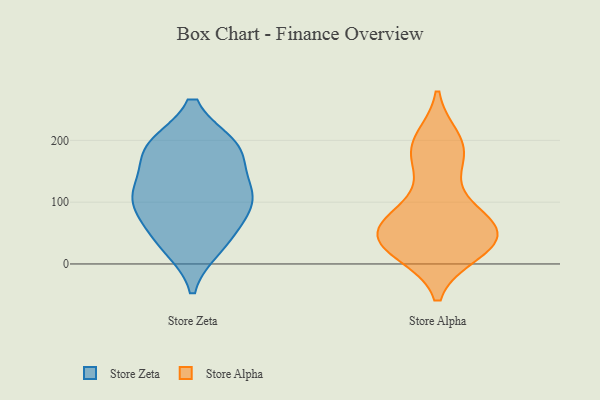
{"axis": {"x": "Headcount", "y": "Value"}, "legend": ["Store Alpha", "Store Zeta"], "data": [{"x": "", "y": 58, "type": "Store Zeta"}, {"x": "", "y": 35, "type": "Store Zeta"}, {"x": "", "y": 104, "type": "Store Zeta"}, {"x": "", "y": 109, "type": "Store Zeta"}, {"x": "", "y": 103, "type": "Store Zeta"}, {"x": "", "y": 189, "type": "Store Zeta"}, {"x": "", "y": 102, "type": "Store Zeta"}, {"x": "", "y": 29, "type": "Store Zeta"}, {"x": "", "y": 190, "type": "Store Zeta"}, {"x": "", "y": 186, "type": "Store Zeta"}, {"x": "", "y": 130, "type": "Store Zeta"}, {"x": "", "y": 185, "type": "Store Zeta"}, {"x": "", "y": 58, "type": "Store Alpha"}, {"x": "", "y": 82, "type": "Store Alpha"}, {"x": "", "y": 59, "type": "Store Alpha"}, {"x": "", "y": 190, "type": "Store Alpha"}, {"x": "", "y": 200, "type": "Store Alpha"}, {"x": "", "y": 20, "type": "Store Alpha"}, {"x": "", "y": 187, "type": "Store Alpha"}, {"x": "", "y": 39, "type": "Store Alpha"}, {"x": "", "y": 60, "type": "Store Alpha"}, {"x": "", "y": 146, "type": "Store Alpha"}, {"x": "", "y": 30, "type": "Store Alpha"}, {"x": "", "y": 22, "type": "Store Alpha"}, {"x": "", "y": 182, "type": "Store Alpha"}, {"x": "", "y": 41, "type": "Store Alpha"}, {"x": "", "y": 58, "type": "Store Alpha"}, {"x": "", "y": 84, "type": "Store Alpha"}, {"x": "", "y": 27, "type": "Store Alpha"}]}